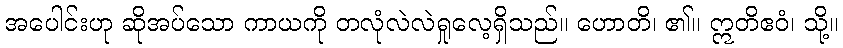
အပေါင်းဟု ဆိုအပ်သော ကာယကို တလုံလဲလဲရှုလေ့ရှိသည်။ ဟောတိ၊ ၏။ ဣတိဧဝံ၊ သို့။